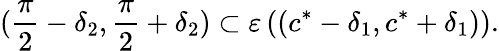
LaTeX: (\frac{\pi}{2}-\delta_{2},\frac{\pi}{2}+\delta_{2})\subset\varepsilon\left((c^{*}-\delta_{1},c^{*}+\delta_{1})\right).